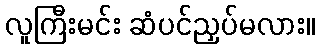
လူကြီးမင်း ဆံပင်ညှပ်မလား။